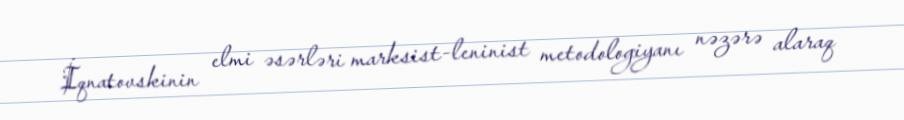
İqnatovskinin elmi əsərləri marksist-leninist metodologiyanı nəzərə alaraq